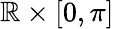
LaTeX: \mathbb{R}\times[0,\pi]